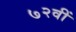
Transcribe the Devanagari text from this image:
७२वीं